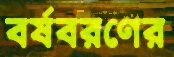
বর্ষবরণের